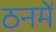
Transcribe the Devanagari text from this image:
ठनमें